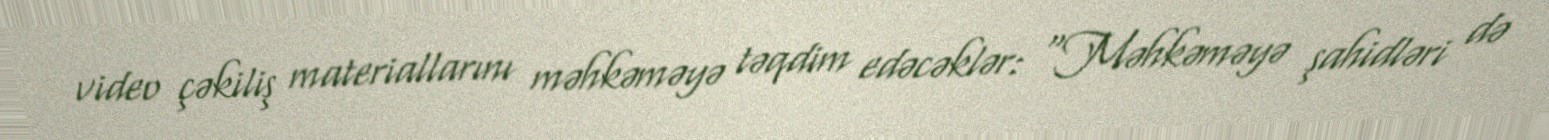
video çəkiliş materiallarını məhkəməyə təqdim edəcəklər: “Məhkəməyə şahidləri də